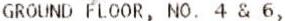
GROUND FLOOR, NO. 4 & 6,